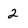
Character: 2